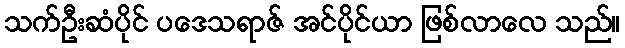
သက်ဦးဆံပိုင် ပဒေသရာဇ် အင်ပိုင်ယာ ဖြစ်လာလေ သည်။